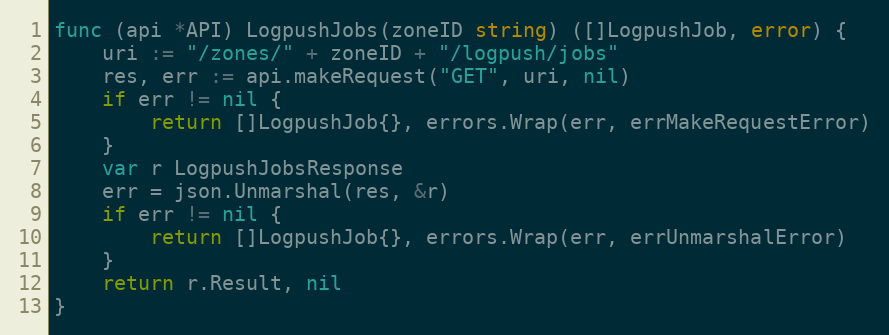
Language: Go
func (api *API) LogpushJobs(zoneID string) ([]LogpushJob, error) {
	uri := "/zones/" + zoneID + "/logpush/jobs"
	res, err := api.makeRequest("GET", uri, nil)
	if err != nil {
		return []LogpushJob{}, errors.Wrap(err, errMakeRequestError)
	}
	var r LogpushJobsResponse
	err = json.Unmarshal(res, &r)
	if err != nil {
		return []LogpushJob{}, errors.Wrap(err, errUnmarshalError)
	}
	return r.Result, nil
}